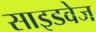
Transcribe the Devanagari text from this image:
साइडवेज